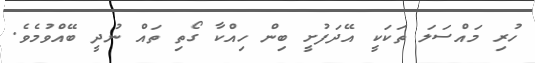
ހުރި މައްސަލަ ތަކަކީ އޭދަފުށީ ބިން ހިއްކާ ގޯތި ތައް ނުދީ ބޭއްވުމެވެ.